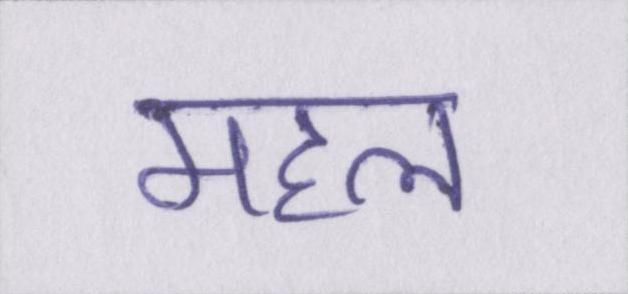
महल